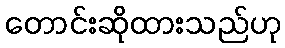
တောင်းဆိုထားသည်ဟု